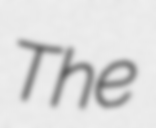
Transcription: The